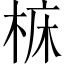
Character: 𪲝